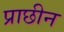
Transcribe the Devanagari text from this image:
प्राछीन